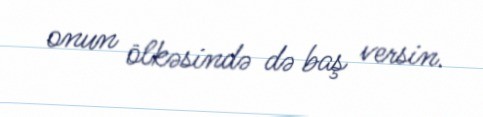
onun ölkəsində də baş versin.